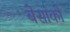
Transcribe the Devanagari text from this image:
बेसांको